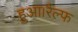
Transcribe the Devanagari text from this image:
हुआ।रैल्फ